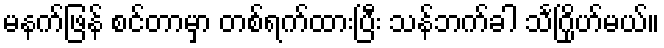
မနက်ဖြန် စင်တာမှာ တစ်ရက်ထားပြီး သန်ဘက်ခါ သင်္ဂြိုဟ်မယ်။